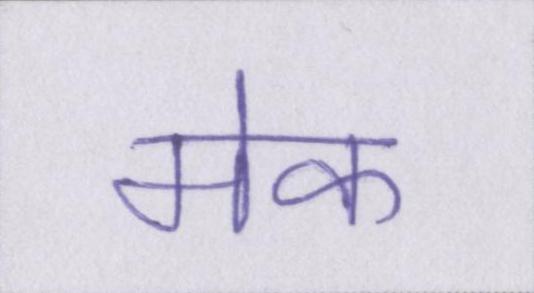
मेक